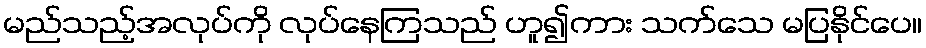
မည်သည့်အလုပ်ကို လုပ်နေကြသည် ဟူ၍ကား သက်သေ မပြနိုင်ပေ။